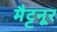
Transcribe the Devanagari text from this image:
मैट्टनूर